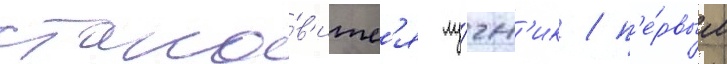
стано́в'итс'я лу́чн'ик / п'е́рвым